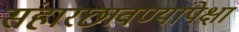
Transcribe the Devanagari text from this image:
संहारछावण्यांपेक्षा